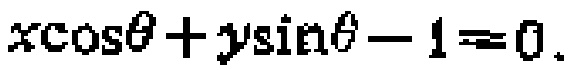
\(x\cos\theta + y\sin\theta - 1 = 0\)